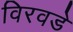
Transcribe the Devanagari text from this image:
विरवडे